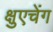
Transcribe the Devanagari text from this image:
क्षुएचेंग